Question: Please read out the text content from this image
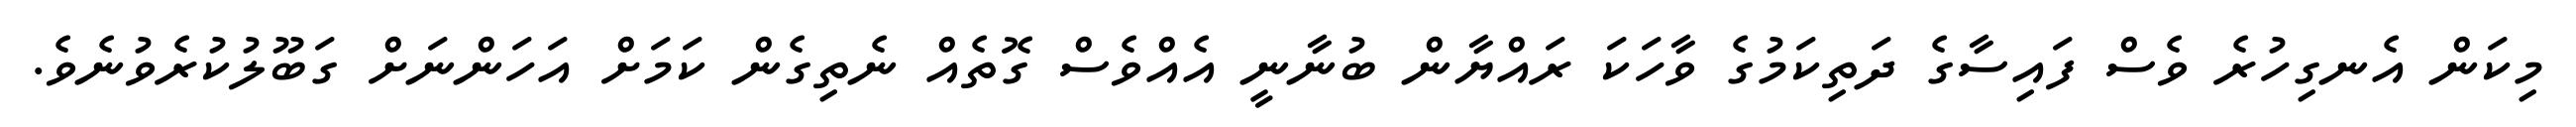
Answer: މިކަން އެނގިހުރެ ވެސް ފައިސާގެ ދަތިކަމުގެ ވާހަކަ ރައްޔާން ބުނާނީ އެއްވެސް ގޮތެއް ނެތިގެން ކަމަށް އަހަންނަށް ގަބޫލުކުރެވުނެވެ.